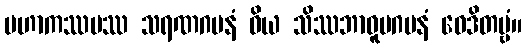
မဟာကဿပဿ သရဏဂမနံ ဝိယ သိဿဘာဝူပဂမနံ ဝေဒိတဗ္ဗံ။